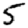
Digit: 5